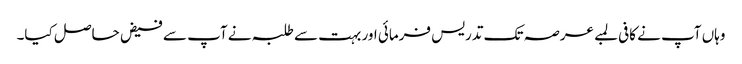
وہاں آپ نے کافی لمبے عرصہ تک تدریس فرمائی اور بہت سے طلبہ نے آپ سے فیض حاصل کیا۔